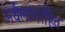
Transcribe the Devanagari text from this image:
अर्थलाभरहित